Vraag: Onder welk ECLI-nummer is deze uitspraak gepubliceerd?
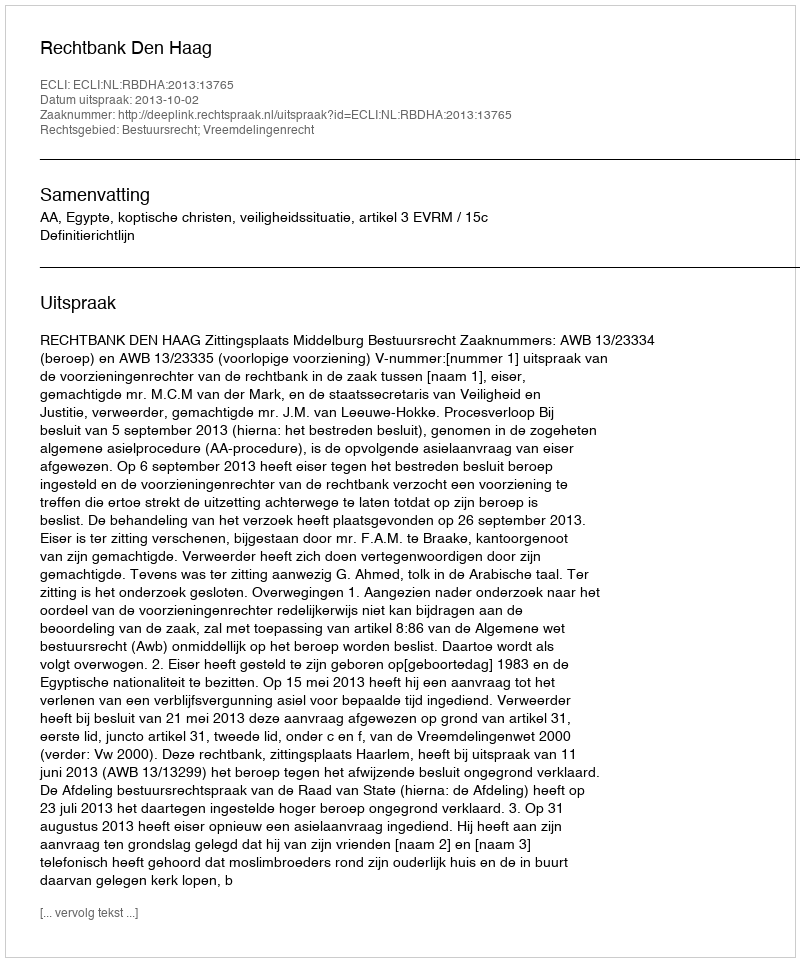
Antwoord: ECLI:NL:RBDHA:2013:13765